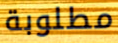
مطلوبة